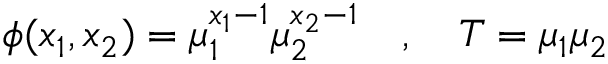
\phi ( x _ { 1 } , x _ { 2 } ) = \mu _ { 1 } ^ { x _ { 1 } - 1 } \mu _ { 2 } ^ { x _ { 2 } - 1 } \quad , \quad T = \mu _ { 1 } \mu _ { 2 }